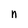
Character: n